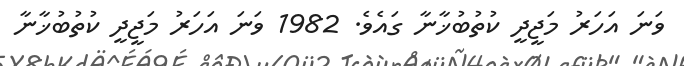
ވަނަ އަހަރު މަޖީދީ ކުތުބުޚާނާ ގައެވެ. 1982 ވަނަ އަހަރު މަޖީދީ ކުތުބުޚާނާ